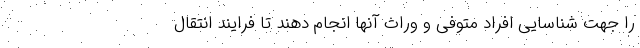
را جهت شناسایی افراد متوفی و وراث آنها انجام دهند تا فرایند انتقال